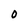
Character: 0